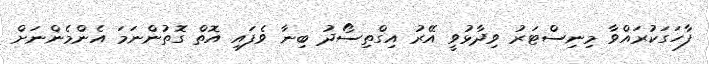
ފާހަގަކުރައްވާ މިނިސްޓަރު ވިދާޅުވީ އޭރު އިގްތިސޯދު ބިނާ ވެފައި އޮތް ގޮތުންނަމަ އެންމެންނަށް